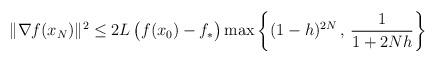
LaTeX: \begin{align*}\begin{aligned} \|\nabla f(x_N)\|^2 {} \leq {} 2L\,\big(f(x_0)-f_*\big) \max \left\{ (1-h)^{2N} \,,\, \frac{1}{1 + 2 N h} \right\}\end{aligned} \end{align*}